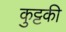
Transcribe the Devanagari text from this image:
कुट्टकी